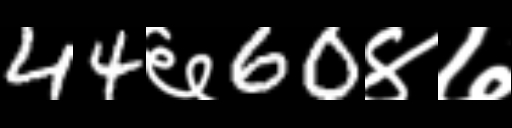
Text: 44६60४७